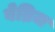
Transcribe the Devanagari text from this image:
बेब्रिज